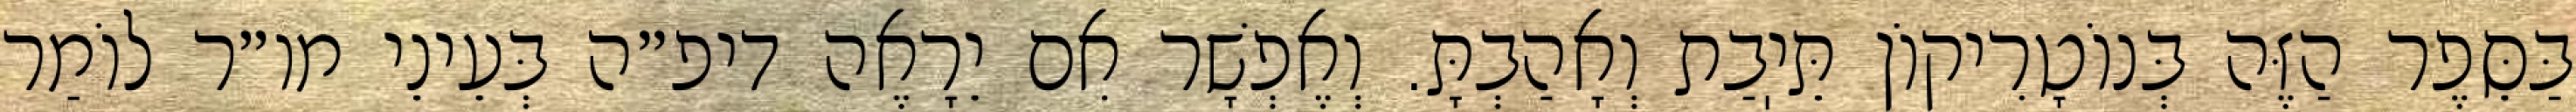
בַּסֵּפֶר הַזֶּה בְּנוֹטָרִיקוֹן תֵּיֽבַת וְאָהַבְתָּ. וְאֶפְשָׁר אִם יֵרָאֶה דיפ״ה בְּעֵינֵי מו״ר לוֹמַר